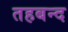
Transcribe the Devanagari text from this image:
तहबन्द